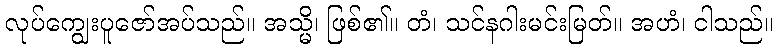
လုပ်ကျွေးပူဇော်အပ်သည်။ အသ္မိ၊ ဖြစ်၏။ တံ၊ သင်နဂါးမင်းမြတ်။ အဟံ၊ ငါသည်။